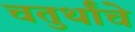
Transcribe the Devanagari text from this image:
चतुर्थांचे